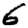
Digit: 6